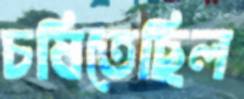
চষিতেছিল